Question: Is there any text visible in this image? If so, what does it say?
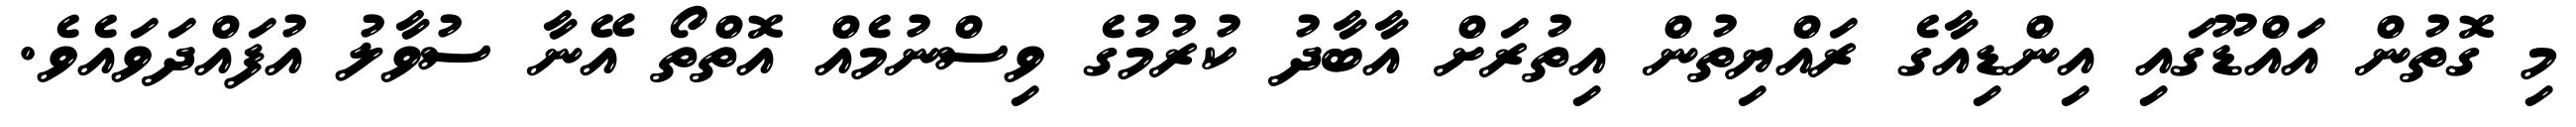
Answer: މި ގޮތުން އައްޑޫގައި އިންޑިއާގެ ރައްޔިތުން އިތުރަށް އާބާދު ކުރުމުގެ ވިސްނުމެއް އޮތްތޯ އޭނާ ސުވާލު އުފައްދަވައެވެ.